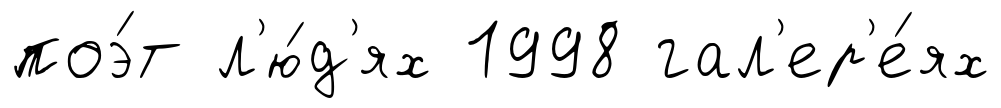
поэ́т л'ю́д'ях 1998 гал'ер'е́ях